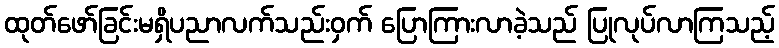
ထုတ်ဖော်ခြင်းမရှိပညာလက်သည်းဝှက် ပြောကြားလာခဲ့သည် ပြုလုပ်လာကြသည့်